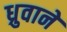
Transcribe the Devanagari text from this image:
ध्रुवाने